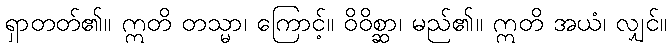
ရှာတတ်၏။ ဣတိ တသ္မာ၊ ကြောင့်။ ဝိဝိစ္ဆာ၊ မည်၏။ ဣတိ အယံ၊ လျှင်။